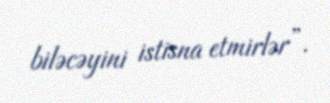
biləcəyini istisna etmirlər”.